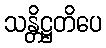
သန္တိဋ္ဌတိပေ